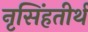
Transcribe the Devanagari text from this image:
नृसिंहतीर्थ